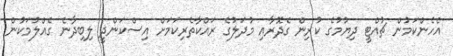
އެހެންކަމުން ޗުއްޓީ ދިޔުމުގެ ކުރިން ގެދޮރާއި މުދަލުގެ ރައްކާތެރިކަމަށް އިސްކަންދީ ލިބިދާނެ ގެއްލުމަކުން